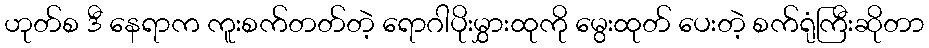
ဟုတ်စ ဒီ နေရာက ကူးစက်တတ်တဲ့ ရောဂါပိုးမွှားထုကို မွေးထုတ် ပေးတဲ့ စက်ရုံကြီးဆိုတာ